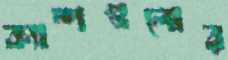
ক্যাম্পগুলোর